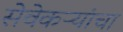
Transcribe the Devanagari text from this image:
सेवेकऱ्यांचा